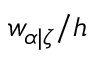
w _ { \alpha | \zeta } / h